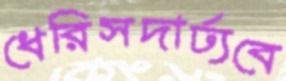
ধেরিসদার্ঢ্যবে